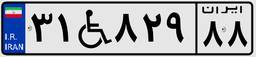
۳۱W۸۲۹۸۸